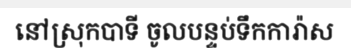
នៅស្រុកបាទី ចូលបន្ទប់ទឹកការ៉ាស